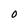
Character: 0